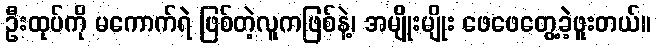
ဦးထုပ်ကို မကောက်ရဲ ဖြစ်တဲ့လူကဖြစ်နဲ့၊ အမျိုးမျိုး ဖေဖေတွေ့ခဲ့ဖူးတယ်။